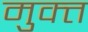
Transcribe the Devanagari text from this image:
मुक्त्त